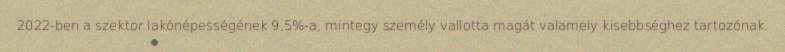
2022-ben a szektor lakónépességének 9,5%-a, mintegy személy vallotta magát valamely kisebbséghez tartozónak.